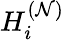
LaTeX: H_{i}^{(\mathcal{N})}